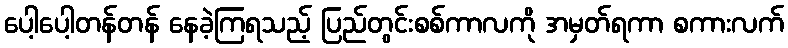
ပေါ့ပေါ့တန်တန် နေခဲ့ကြရသည့် ပြည်တွင်းစစ်ကာလကို အမှတ်ရကာ စကားလက်